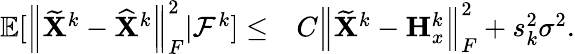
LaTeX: \begin{array}{rl}{{\mathbb{E}}[\left\| \widetilde{{\mathbf{X}}}^{k}-\widehat{{\mathbf{X}}}^{k}\right\| _{F}^{2}\vert{\mathcal{F}}^{k}]\leq}&{C\left\| \widetilde{{\mathbf{X}}}^{k}-{\mathbf{H}}_{x}^{k}\right\| _{F}^{2}+s_{k}^{2}\sigma^{2}.}\end{array}